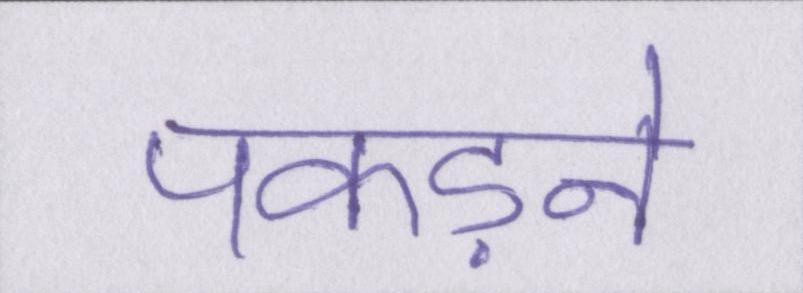
पकड़ने